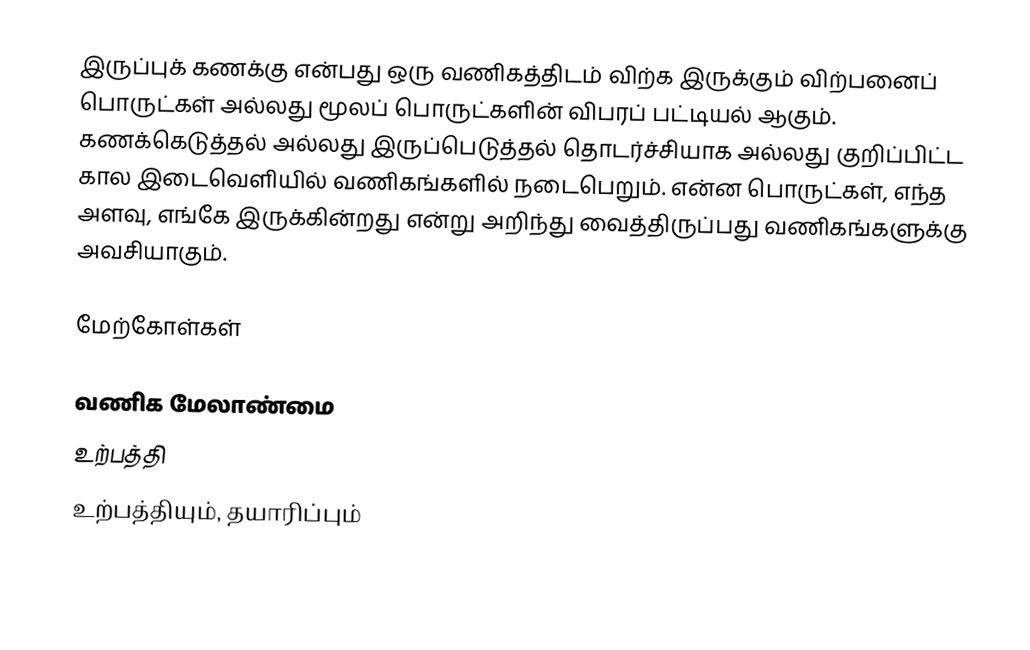
இருப்புக் கணக்கு என்பது ஒரு வணிகத்திடம் விற்க இருக்கும் விற்பனைப் பொருட்கள் அல்லது மூலப் பொருட்களின் விபரப் பட்டியல் ஆகும்.  கணக்கெடுத்தல் அல்லது இருப்பெடுத்தல் தொடர்ச்சியாக அல்லது குறிப்பிட்ட கால இடைவெளியில் வணிகங்களில் நடைபெறும்.  என்ன பொருட்கள், எந்த அளவு, எங்கே இருக்கின்றது என்று அறிந்து வைத்திருப்பது வணிகங்களுக்கு அவசியாகும்.

மேற்கோள்கள்

வணிக மேலாண்மை
உற்பத்தி
உற்பத்தியும், தயாரிப்பும்